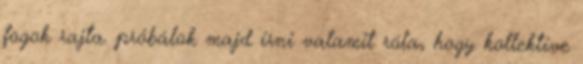
fogok rajta. próbálok majd írni valamit róla, hogy kollektíve